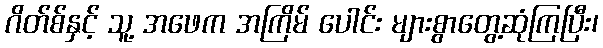
ဂိတ်စ်နှင့် သူ့ အဖေက အကြိမ် ပေါင်း များစွာတွေ့ဆုံကြပြီး၊